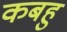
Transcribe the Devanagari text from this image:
कबहु